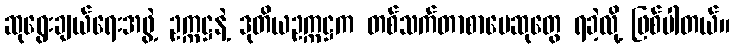
ဆုရွေးချယ်ရေးအဖွဲ့ ဥက္ကဋ္ဌနဲ့ ဒုတိယဥက္ကဋ္ဌက တစ်သက်တာစာပေဆုတွေ ရခဲ့လို့ ဖြစ်ပါတယ်။